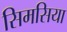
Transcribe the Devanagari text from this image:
सिमसिया